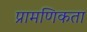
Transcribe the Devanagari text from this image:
प्रामणिकता